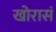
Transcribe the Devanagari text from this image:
खोरासं